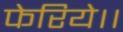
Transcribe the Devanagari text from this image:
फेरिये।।